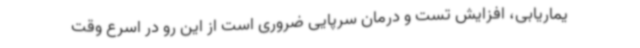
یماریابی، افزایش تست و درمان سرپایی ضروری است از این رو در اسرع وقت